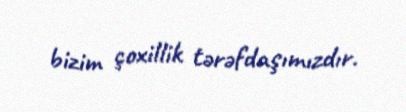
bizim çoxillik tərəfdaşımızdır.